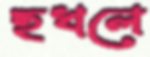
হখলে